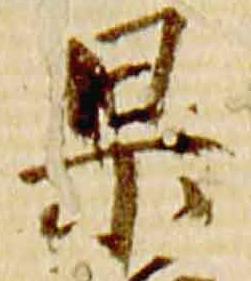
杲